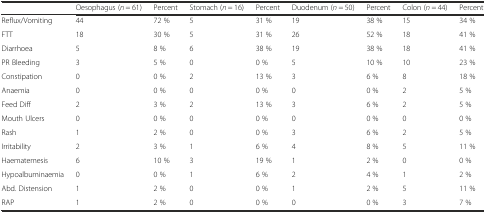
<table><thead><tr><td></td><td><b>Oesophagus (<i>n</i> = 61)</b></td><td><b>Percent</b></td><td><b>Stomach (<i>n</i> = 16)</b></td><td><b>Percent</b></td><td><b>Duodenum (<i>n</i> = 50)</b></td><td><b>Percent</b></td><td><b>Colon (<i>n</i> = 44)</b></td><td><b>Percent</b></td></tr></thead><tbody><tr><td>Reflux/Vomiting</td><td>44</td><td>72 %</td><td>5</td><td>31 %</td><td>19</td><td>38 %</td><td>15</td><td>34 %</td></tr><tr><td>FTT</td><td>18</td><td>30 %</td><td>5</td><td>31 %</td><td>26</td><td>52 %</td><td>18</td><td>41 %</td></tr><tr><td>Diarrhoea</td><td>5</td><td>8 %</td><td>6</td><td>38 %</td><td>19</td><td>38 %</td><td>18</td><td>41 %</td></tr><tr><td>PR Bleeding</td><td>3</td><td>5 %</td><td>0</td><td>0 %</td><td>5</td><td>10 %</td><td>10</td><td>23 %</td></tr><tr><td>Constipation</td><td>0</td><td>0 %</td><td>2</td><td>13 %</td><td>3</td><td>6 %</td><td>8</td><td>18 %</td></tr><tr><td>Anaemia</td><td>0</td><td>0 %</td><td>0</td><td>0 %</td><td>0</td><td>0 %</td><td>2</td><td>5 %</td></tr><tr><td>Feed Diff</td><td>2</td><td>3 %</td><td>2</td><td>13 %</td><td>3</td><td>6 %</td><td>2</td><td>5 %</td></tr><tr><td>Mouth Ulcers</td><td>0</td><td>0 %</td><td>0</td><td>0 %</td><td>0</td><td>0 %</td><td>0</td><td>0 %</td></tr><tr><td>Rash</td><td>1</td><td>2 %</td><td>0</td><td>0 %</td><td>3</td><td>6 %</td><td>2</td><td>5 %</td></tr><tr><td>Irritability</td><td>2</td><td>3 %</td><td>1</td><td>6 %</td><td>4</td><td>8 %</td><td>5</td><td>11 %</td></tr><tr><td>Haematemesis</td><td>6</td><td>10 %</td><td>3</td><td>19 %</td><td>1</td><td>2 %</td><td>0</td><td>0 %</td></tr><tr><td>Hypoalbuminaemia</td><td>0</td><td>0 %</td><td>1</td><td>6 %</td><td>2</td><td>4 %</td><td>1</td><td>2 %</td></tr><tr><td>Abd. Distension</td><td>1</td><td>2 %</td><td>0</td><td>0 %</td><td>1</td><td>2 %</td><td>5</td><td>11 %</td></tr><tr><td>RAP</td><td>1</td><td>2 %</td><td>0</td><td>0 %</td><td>0</td><td>0 %</td><td>3</td><td>7 %</td></tr></tbody></table>